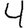
Digit: 4